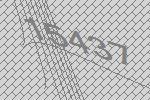
15437